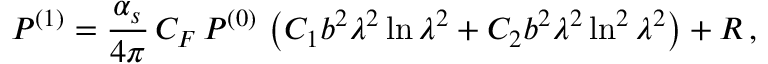
{ \cal P } ^ { ( 1 ) } = \frac { \alpha _ { s } } { 4 \pi } \, C _ { F } \, { \cal P } ^ { ( 0 ) } \, \left( C _ { 1 } b ^ { 2 } \lambda ^ { 2 } \ln \lambda ^ { 2 } + C _ { 2 } b ^ { 2 } \lambda ^ { 2 } \ln ^ { 2 } \lambda ^ { 2 } \right) + R \, ,